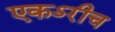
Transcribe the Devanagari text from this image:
एकऽरीच